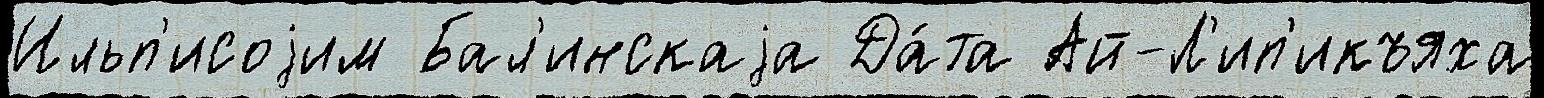
Ильп'исоjим Бал'инскаjа Да́та Ай-Л'ип'икъяха